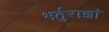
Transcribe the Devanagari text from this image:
भर्तुराज्ञां